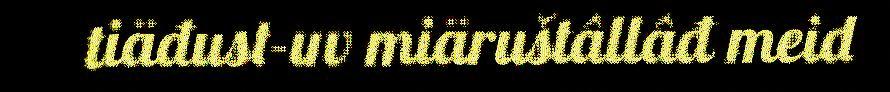
tiäđust-uv miäruštâllâđ meid